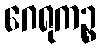
ဂေရုကဉ္စ